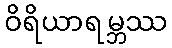
ဝိရိယာရမ္ဘဿ